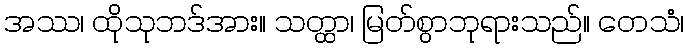
အဿ၊ ထိုသုဘဒ်အား။ သတ္ထာ၊ မြတ်စွာဘုရားသည်။ တေသံ၊